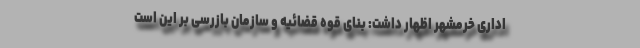
اداری خرمشهر ‌اظهار داشت: بنای قوه قضائیه و سازمان بازرسی بر این است